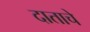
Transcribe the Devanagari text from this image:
दाताचे